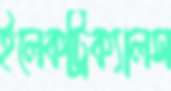
ইলেকট্রিক্যালস